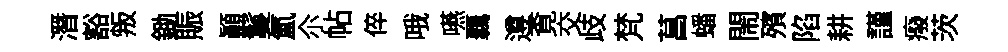
潛豁叛鋤賑顚鬘氲尒帖倅哦嚥覊遵覔交歧梵菖蟠閙殯陷耕謹癈茨